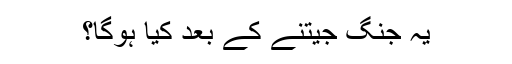
یہ جنگ جیتنے کے بعد کیا ہوگا؟